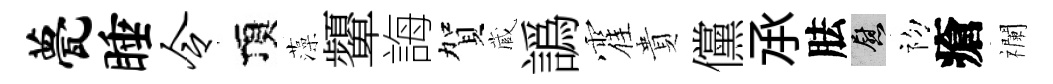
甍睡令頂藻顰誨賀蔵譌霍貴儻𠄘胠慰初瘡襴